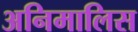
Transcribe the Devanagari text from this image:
अनिमालिस